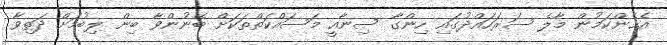
އެހެންކަމުން މާލެ ސަރަހައްދުގައި ހިންގާ ސިނާއީ މަސައްކަތްތަކަށް ބޭނުންވާ ބިން ލިބުމަށް ދަތިވާ